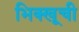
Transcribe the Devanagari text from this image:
भिक्खूची